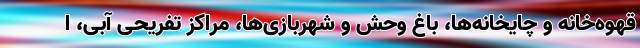
قهوه‌خانه و چایخانه‌ها، باغ وحش و شهربازی‌ها، مراکز تفریحی آبی، ا